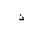
Letter: _thal